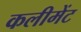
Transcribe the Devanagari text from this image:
कलीमेंट